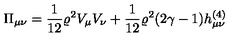
\Pi _ { \mu \nu } = \frac { 1 } { 1 2 } \varrho ^ { 2 } V _ { \mu } V _ { \nu } + \frac { 1 } { 1 2 } \varrho ^ { 2 } ( 2 \gamma - 1 ) h _ { \mu \nu } ^ { ( 4 ) }